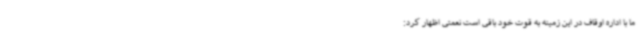
ما با اداره اوقاف در این زمینه به قوت خود باقی است نعمتی اظهار کرد: